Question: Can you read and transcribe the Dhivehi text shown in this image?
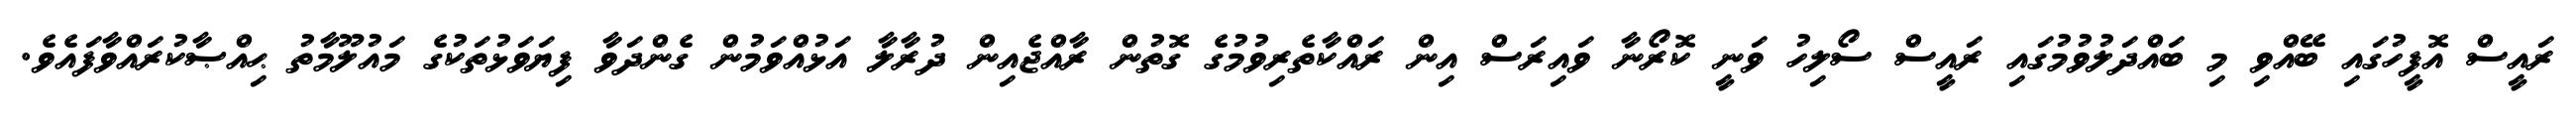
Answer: ރައީސް އޮފީހުގައި ބޭއްވި މި ބައްދަލުވުމުގައި ރައީސް ސޯލިހު ވަނީ ކޮރޯނާ ވައިރަސް އިން ރައްކާތެރިވުމުގެ ގޮތުން ރާއްޖެއިން ދުރާލާ އަޅުއްވަމުން ގެންދަވާ ފިޔަވަޅުތަކުގެ މައުލޫމާތު ޙިއްޞާކުރައްވާފައެވެ.